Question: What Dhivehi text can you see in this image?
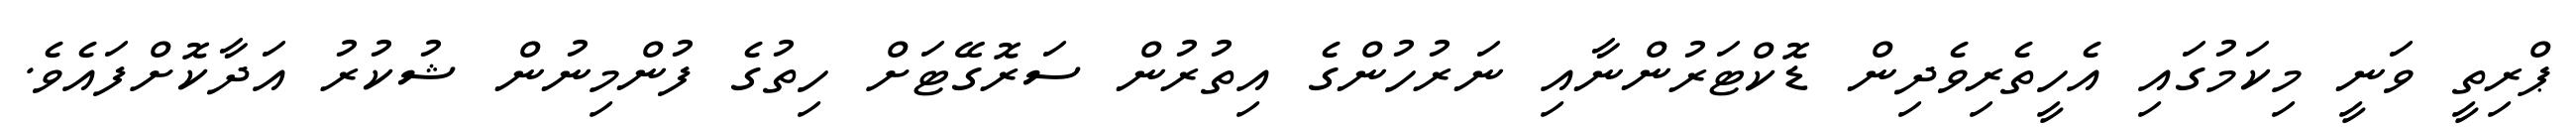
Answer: ޕްރިތީ ވަނީ މިކަމުގައި އެހީތެރިވެދިން ޑޮކްޓަރުންނާއި ނަރުހުންގެ އިތުރުން ސަރޮގޭޓަށް ހިތުގެ ފުންމިނުން ޝުކުރު އަދާކޮށްފައެވެ.